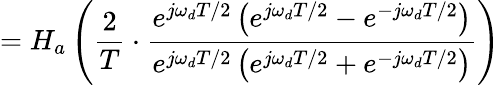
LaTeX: =H_{a}\left({\frac{2}{T}}\cdot{\frac{e^{j\omega_{d}T/2}\left(e^{j\omega_{d}T/2}-e^{-j\omega_{d}T/2}\right)}{e^{j\omega_{d}T/2}\left(e^{j\omega_{d}T/2}+e^{-j\omega_{d}T/2}\right)}}\right)